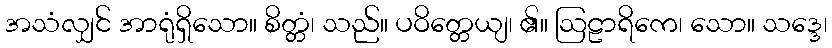
အသံလျှင် အာရုံရှိသော။ စိတ္တံ၊ သည်။ ပဝိတ္တေယျ၊ ၏။ ဩဠာရိကေ၊ သော။ သဒ္ဒေ၊